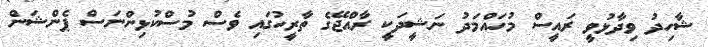
ޝާހިދު ވިދާޅުވީ ރައީސް މުހައްމަދު ނަޝީދަކީ ރާއްޖޭގެ ތާރީހުގައި ވެސް މުސްކުޅިންނަސް ޕެންޝަން